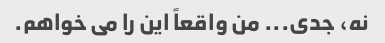
نه، جدی... من واقعاً این را می خواهم.